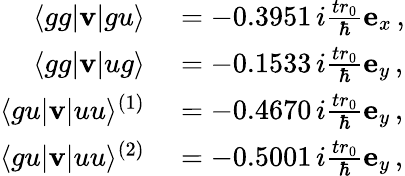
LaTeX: \begin{array}{rl}{\langle gg\vert{\mathbf v}\vert gu\rangle}&{{}=-0.3951\, i\frac{tr_{0}}{\hbar}{\mathbf e}_{x}\, ,}\\ {\langle gg\vert{\mathbf v}\vert ug\rangle}&{{}=-0.1533\, i\frac{tr_{0}}{\hbar}{\mathbf e}_{y}\, ,}\\ {\langle gu\vert{\mathbf v}\vert uu\rangle^{(1)}}&{{}=-0.4670\, i\frac{tr_{0}}{\hbar}{\mathbf e}_{y}\, ,}\\ {\langle gu\vert{\mathbf v}\vert uu\rangle^{(2)}}&{{}=-0.5001\, i\frac{tr_{0}}{\hbar}{\mathbf e}_{y}\, ,}\end{array}